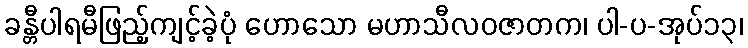
ခန္တီပါရမီဖြည့်ကျင့်ခဲ့ပုံ ဟောသော မဟာသီလဝဇာတက၊ ပါ-ပ-အုပ်၁၃၊